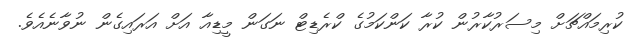
ކުރިމައްޗަށް މިސަރުކާރުން ކުރާ ކަންކަމުގެ ކްރެޑިޓް ނަގަން މީޑިއާ އަށް އަރައިގެން ނުވާނެއެވެ.